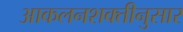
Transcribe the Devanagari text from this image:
आकलनशक्तीनुसार